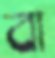
বা